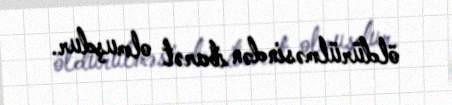
öldürülməsindən ibarət olmuşdur.